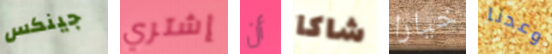
جينكس إشتري أن شاكا خيارا وعدنا